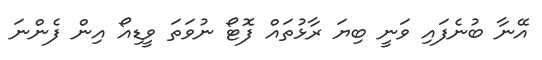
އޭނާ ބުނެފައި ވަނީ ބިޔަ ރާޅުތައް ފޮޓޯ ނުވަތަ ވީޑިއޯ އިން ފެންނަ